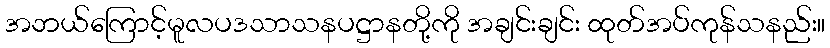
အဘယ်ကြောင့်မူလပဒသာသနပဋ္ဌာနတို့ကို အချင်းချင်း ထုတ်အပ်ကုန်သနည်း။